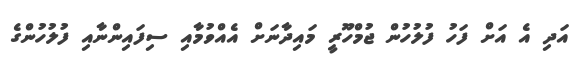
އަދި އެ އަށް ފަހު ފުލުހުން ޖުމްހޫރީ މައިދާނަށް އެއްވުމާއި ސިފައިންނާއި ފުލުހުންގެ